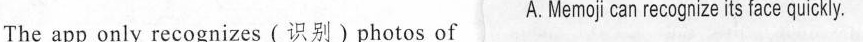
The app only recognizes (识别)photos of A.Memoji can recognizeits face quickly.